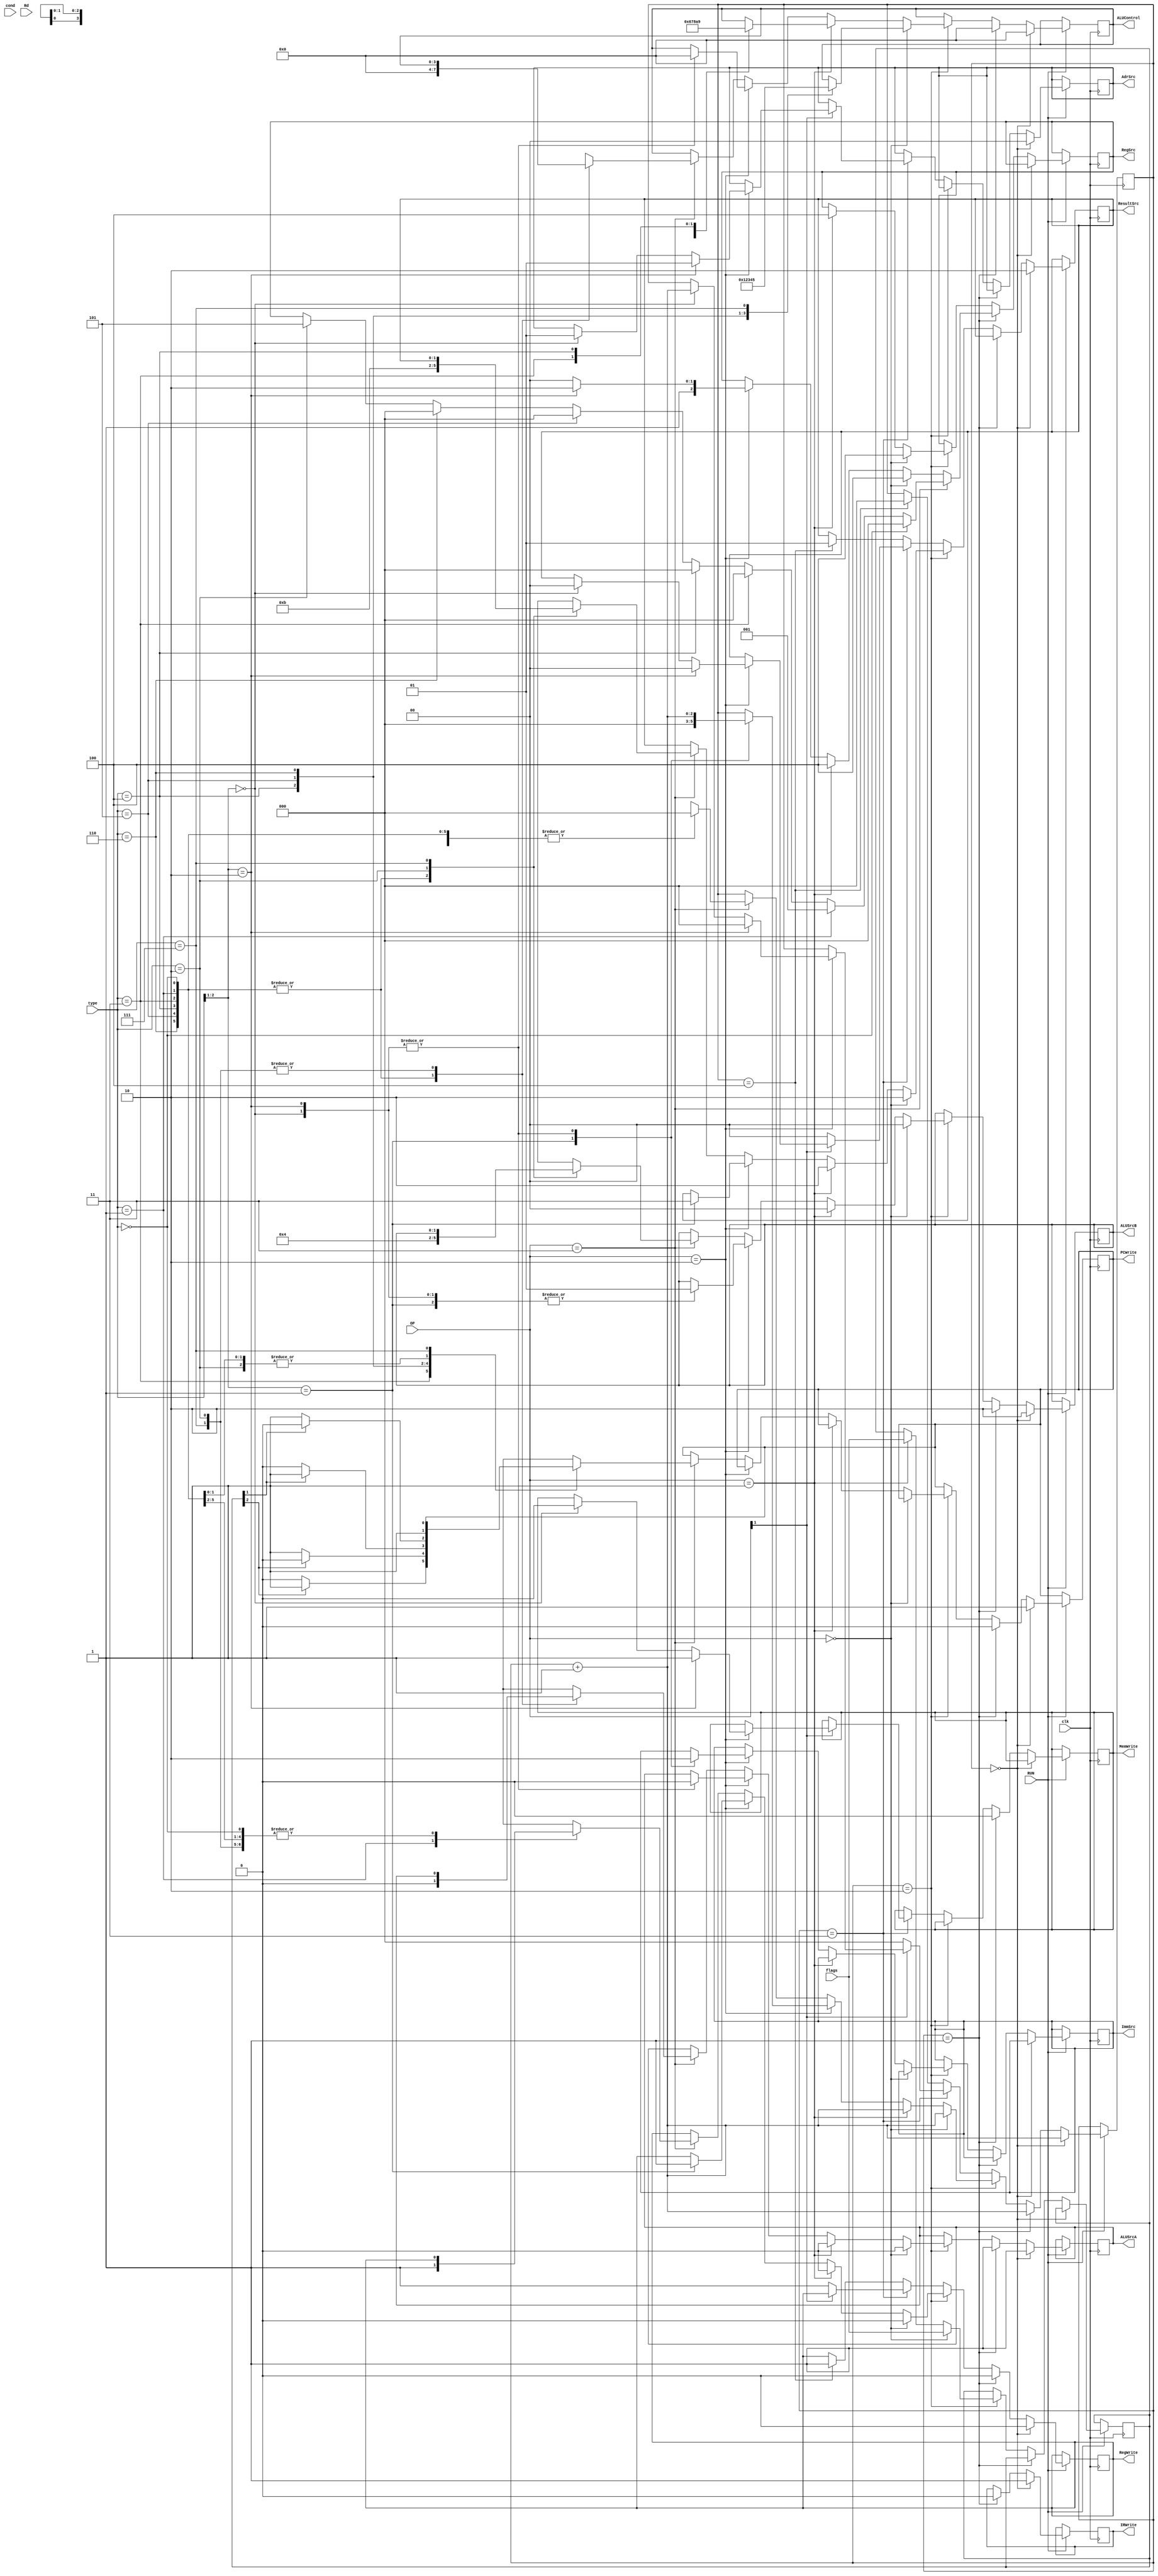
module MultiCycle_Controller(
//inputs
input [1:0]  cond,
input [1:0]  OP,
input [2:0]  type,
input [3:0]  flags,
input [2:0]  Rd,
input 		 RUN,
input 		 clk,
//outputs
output reg		 PCWrite,
output reg [1:0] AdrSrc,
output reg		 MemWrite,
output reg		 IRWrite,
output reg [2:0] RegSrc,
output reg		 RegWrite,
output reg	 	 ImmSrc,
output reg		 ALUSrcA,
output reg [1:0] ALUSrcB,
output reg [3:0] ALUControl,
output reg [1:0] ResultSrc
);

reg [2:0] state_counter=3'b000;
reg [3:0] FLAG_REG;

always @(posedge clk)
			begin
			
				if(RUN==1)
					 begin
						//fetch
						if(state_counter==3'b000)
							begin
								PCWrite=1;
								IRWrite=1;
								ALUSrcA=1;
								AdrSrc=2'b00;
								RegWrite=0;
								ALUControl=4'b0000;
								ALUSrcB=2'b10;
								ResultSrc=2'b10;
								state_counter=state_counter+3'b001;
							end
							
						//decode	
						else if(state_counter==3'b001)
							begin
								PCWrite=0;
								MemWrite=0;
								IRWrite=0;
								RegWrite=0;
								ALUSrcA=1;
								ALUControl=4'b0000;
								ALUSrcB=2'b10;
								//regSrc assignment
								if(OP==2'b11) //branch
									begin
										if(type==3'b000)//b
										begin
											RegSrc=3'b000;
										end
										
										else if(type==3'b001)//bl
										begin
											RegSrc=3'b001;
										end
										
										else if(type==3'b011)//beq
										begin
											RegSrc=3'b000;
										end
										
										else if(type==3'b100)//bne
										begin
											RegSrc=3'b000;
										end
										
										else if(type==3'b101)//bc
										begin
											RegSrc=3'b000;
										end
										else if(type==3'b110)//bnc
										begin
											RegSrc=3'b000;
										end
										else if(type==3'b010)//bi
										begin
											RegSrc=3'b101;
										end
									end
									
								else if(OP==2'b00) //data
									begin
										RegSrc=3'b100;
									end
								else if(OP==2'b01) //shift
									begin
										RegSrc=3'b100;
									end
									
								else if(OP==2'b10) //memory
									begin
									if(type[2:1]==2'b10)//str
										begin
										RegSrc=3'b110;
										end
									else // ldr/i
										begin
										RegSrc=3'b100;
										end
									end	
								
									
								state_counter=state_counter+3'b001;
							end
							
							//execution phase
						else if(state_counter==3'b010) //cycle 3
							begin
							
							if(OP==2'b00)//data
								begin
									ALUSrcA=0;
									
									case(type)
											3'b000: ALUControl=4'b0000; //add
											3'b010: ALUControl=4'b0001; //sub
											3'b100: ALUControl=4'b0010; //and
											3'b101: ALUControl=4'b0011; //orr
											3'b110: ALUControl=4'b0100; //xor
											3'b111: ALUControl=4'b0101; //clr
									endcase
									ALUSrcB=2'b00;
									RegSrc=3'b100;
									ResultSrc=2'b10;
									RegWrite=0;
									FLAG_REG=flags; //update the flags for data processing
									state_counter=state_counter+3'b001;
								end
							else if(OP==2'b01)//shift
								begin
									ALUSrcA=0;
									
									case(type)
											3'b000: ALUControl=4'b0110; //rol
											3'b001: ALUControl=4'b0111; //ror
											3'b010: ALUControl=4'b1000; //lsl
											3'b011: ALUControl=4'b1010; //asr
											3'b100: ALUControl=4'b1001; //lsr
									endcase
									ALUSrcB=2'b00;
									RegSrc=3'b100;
									ResultSrc=2'b10;
									RegWrite=0;
									FLAG_REG=flags;
									state_counter=state_counter+3'b001;
								end
							else if(OP==2'b10)//memory
								begin
									
									case(type[2:1])
									2'b00://ldr cycle 3 
										begin
											ImmSrc=0;
											ALUSrcB=2'b01;
											ALUSrcA=0;
											ALUControl=4'b0000;
											
											state_counter=state_counter+3'b001;
										end
									2'b01://ldi last cycle
										begin
											ImmSrc=1;
											ALUSrcB=2'b01;
											ResultSrc=2'b11;
											RegWrite=1;
											
											state_counter=3'b000;//go to next cycle
										end
									2'b10://str cycle 3
										begin
											ImmSrc=0;
											ALUSrcB=2'b01;
											ALUSrcA=0;
											ALUControl=4'b0000;
											
											state_counter=state_counter+3'b001;
										end
									endcase
								end
								
							else if(OP==2'b11)//branch cycle 3 last cycle
									begin
										case(type)
										3'b000: //und. branch
										begin
											PCWrite=1;
											ALUSrcA=0;
											ALUControl=4'b0000;
											ALUSrcB=2'b01;
											ResultSrc=2'b10;
											state_counter=3'b000;
										end
										
										3'b001: // branch link
										begin
											PCWrite=1;
											ALUSrcA=0;
											ALUControl=4'b0000;
											ALUSrcB=2'b01;
											ResultSrc=2'b10;
											RegWrite=1;
											state_counter=3'b000;
										
										end
										
										3'b011: //beq
										begin
										//branch cycle 3 equal means Z=1 nzcv
										//look at the FLAG_REG register value to decide execue or not
										if(FLAG_REG[2]==1)
										begin
											PCWrite=1;
										end
										else
										begin
										PCWrite=0;
										end

										ALUSrcA=0;
										ALUControl=4'b0000;
										ALUSrcB=2'b01;
										ResultSrc=2'b10;
										state_counter=3'b000;
										
										end
										
										3'b100: //bne
										//branch cycle 3 not equal means Z=0 nzcv
										begin
										if(FLAG_REG[2]==0)
										begin
											PCWrite=1;
										end
										else
										begin
										PCWrite=0;
										end

										ALUSrcA=0;
										ALUControl=4'b0000;
										ALUSrcB=2'b01;
										ResultSrc=2'b10;
										state_counter=3'b000;
										
										end
										
										3'b101: //bc
										begin
										//branch cycle 3 carry set means c=1 nzcv
										if(FLAG_REG[1]==1)
												begin
													PCWrite=1;
												end
										else
												begin
													PCWrite=0;
												end

										ALUSrcA=0;
										ALUControl=4'b0000;
										ALUSrcB=2'b01;
										ResultSrc=2'b10;
										state_counter=3'b000;
										end
										
										3'b110: //bnc
										begin
										//branch cycle 3 not carry set means c=0 nzcv
										if(FLAG_REG[1]==0)
												begin
													PCWrite=1;
												end
										else
												begin
													PCWrite=0;
												end

											ALUSrcA=0;
											ALUControl=4'b0000;
											ALUSrcB=2'b01;
											ResultSrc=2'b10;
											state_counter=3'b000;
										
										end
										
										3'b010: //bi
										begin
											ALUSrcB=2'b00;
											ResultSrc=2'b11;
											PCWrite=1;
											state_counter=3'b000;
										end
										
										3'b111: //end
										begin
											//RUN=0; //end of the instructions
											state_counter=3'b000;
										end
										endcase
									end
									
							end//cycle 3 ends
							
							//execution phase
							else if(state_counter==3'b011) //cycle 4
							begin
							
								if(OP[1]==1'b0)
								begin
									ResultSrc=2'b00;
									RegWrite=1;
									state_counter=3'b000;//data and shift end
								end
								else if(OP==2'b10)
								begin
									if(type[2:1]==2'b10)//str
											begin
											ResultSrc=2'b00;
											AdrSrc=2'b01;
											MemWrite=1;
											state_counter=3'b000; //end store 
											end
									else if(type[2:1]==2'b00) //ldr
											begin
												ResultSrc=2'b00;
												AdrSrc=2'b01;
												MemWrite=0;
												state_counter=state_counter+3'b001;//cycle 4 for the ldr
											end
									
								end
							end
							
							else if(state_counter==3'b100) //cycle 5
							begin
							ResultSrc=2'b01;
							RegWrite=1;
							state_counter=3'b000; //end ldr
							end
							
							
						
					 end//run
			
	
	end//always


endmodule